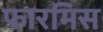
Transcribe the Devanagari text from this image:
फारमिस